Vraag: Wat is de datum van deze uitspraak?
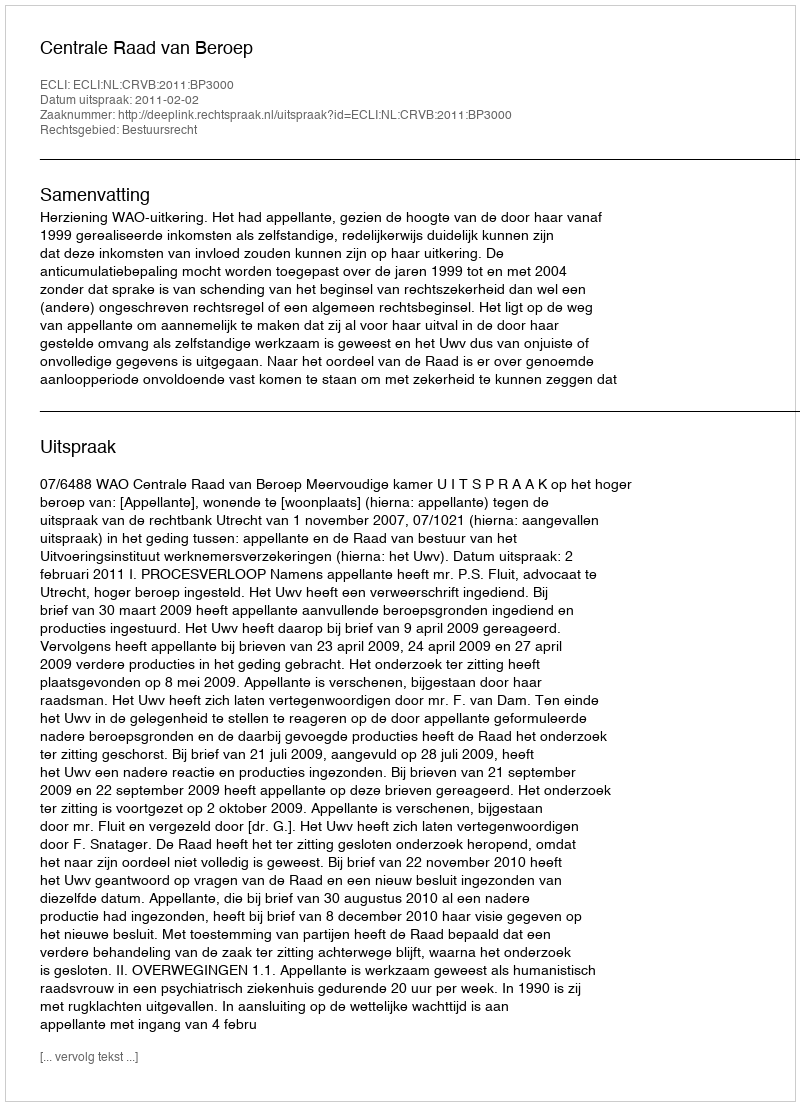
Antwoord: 2011-02-02